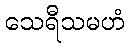
သေရီသမဟံ